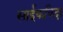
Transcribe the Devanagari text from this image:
साईकविदा